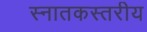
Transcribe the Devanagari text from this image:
स्नातकस्तरीय